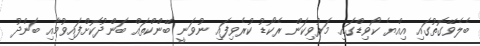
ބެލެވޭގޮތުގައި އިއްޔެ ކޯވިޑްގައި މަރުވިކަން ރެކޯޑު ކުރެވިފައި ނުވަނީ ބޭންކްތައް ބަންދުކޮށްފައިވުމާއި ބަންދު